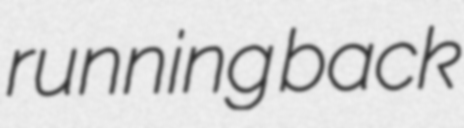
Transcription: running back